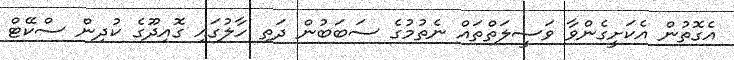
އެގޮތުން އެކަށީގެންވާ ވަސީލަތްތައް ނެތުމުގެ ސަބަބުން ދަތި ހާލުގައި ގޮއިދޫގެ ކުދިން ސްކޭޓް